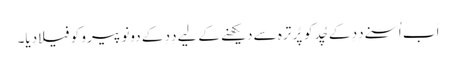
اَب اُسنے دِدِ کے چُد کو پُرِ ترہ سے دیکھنے کے لِیے دِدِ کے دونو پیرو کو فیلا دِیا۔